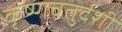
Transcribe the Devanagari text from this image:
कृष्णचतुर्दशी